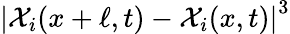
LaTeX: \left|{\mathcal{X}}_{i}(x+\ell,t)-{\mathcal{X}}_{i}(x,t)\right|^{3}